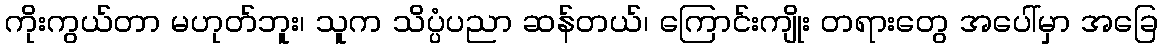
ကိုးကွယ်တာ မဟုတ်ဘူး၊ သူက သိပ္ပံပညာ ဆန်တယ်၊ ကြောင်းကျိုး တရားတွေ အပေါ်မှာ အခြေ